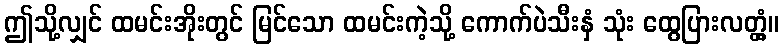
ဤသို့လျှင် ထမင်းအိုးတွင် မြင်သော ထမင်းကဲ့သို့ ကောက်ပဲသီးနှံ သုံး ထွေပြားလတ္တံ့။